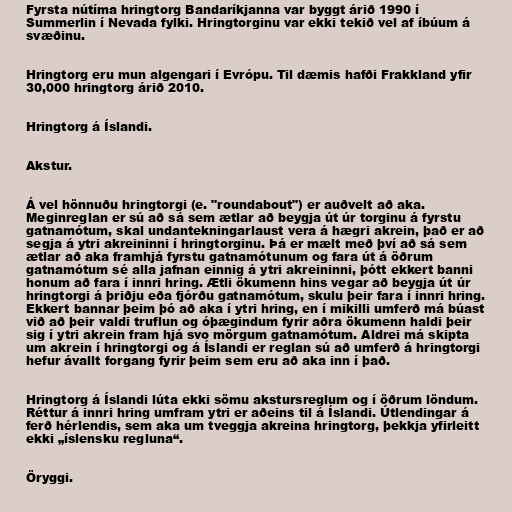
Fyrsta nútíma hringtorg Bandaríkjanna var byggt árið 1990 í
Summerlin í Nevada fylki. Hringtorginu var ekki tekið vel af íbúum á
svæðinu.

Hringtorg eru mun algengari í Evrópu. Til dæmis hafði Frakkland yfir
30,000 hringtorg árið 2010.

Hringtorg á Íslandi.

Akstur.

Á vel hönnuðu hringtorgi (e. "roundabout") er auðvelt að aka.
Meginreglan er sú að sá sem ætlar að beygja út úr torginu á fyrstu
gatnamótum, skal undantekningarlaust vera á hægri akrein, það er að
segja á ytri akreininni í hringtorginu. Þá er mælt með því að sá sem
ætlar að aka framhjá fyrstu gatnamótunum og fara út á öðrum
gatnamótum sé alla jafnan einnig á ytri akreininni, þótt ekkert banni
honum að fara í innri hring. Ætli ökumenn hins vegar að beygja út úr
hringtorgi á þriðju eða fjórðu gatnamótum, skulu þeir fara í innri hring.
Ekkert bannar þeim þó að aka í ytri hring, en í mikilli umferð má búast
við að þeir valdi truflun og óþægindum fyrir aðra ökumenn haldi þeir
sig í ytri akrein fram hjá svo mörgum gatnamótum. Aldrei má skipta
um akrein í hringtorgi og á Íslandi er reglan sú að umferð á hringtorgi
hefur ávallt forgang fyrir þeim sem eru að aka inn í það.

Hringtorg á Íslandi lúta ekki sömu akstursreglum og í öðrum löndum.
Réttur á innri hring umfram ytri er aðeins til á Íslandi. Útlendingar á
ferð hérlendis, sem aka um tveggja akreina hringtorg, þekkja yfirleitt
ekki „íslensku regluna“.

Öryggi.